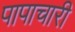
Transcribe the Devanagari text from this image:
पापाचारी